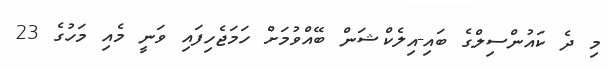
މި ދެ ކައުންސިލްގެ ބައި-އިލެކްޝަން ބޭއްވުމަށް ހަމަޖެހިފައި ވަނީ މެއި މަހުގެ 23